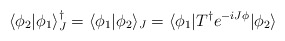
\begin{align*}\langle\phi_2|\phi_1\rangle_J^\dagger= \langle\phi_1|\phi_2\rangle_J = \langle\phi_1|T^\dagger e^{-iJ\phi}|\phi_2\rangle\end{align*}